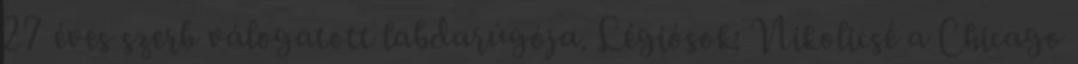
27 éves szerb válogatott labdarúgója. Légiósok: Nikolicsé a Chicago